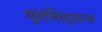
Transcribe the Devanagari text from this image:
मूलसिद्धान्त